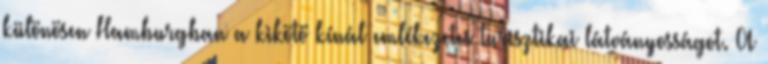
különösen Hamburgban a kikötő kínál emlékezetes turisztikai látványosságot. A